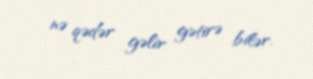
nə qədər gəlir gətirə bilər.